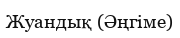
Жуандық (Әңгіме)